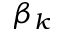
\beta _ { k }